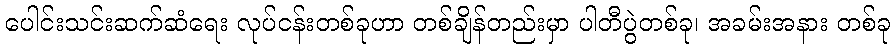
ပေါင်းသင်းဆက်ဆံရေး လုပ်ငန်းတစ်ခုဟာ တစ်ချိန်တည်းမှာ ပါတီပွဲတစ်ခု၊ အခမ်းအနား တစ်ခု